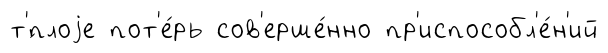
т'́плоjе пот'е́рь сов'ерше́нно пр'испособл'е́н'ий